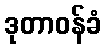
ဒုတာဝန်ခံ